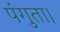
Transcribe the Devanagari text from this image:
पंगुता।